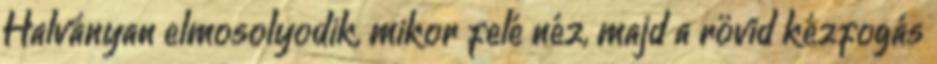
Halványan elmosolyodik, mikor felé néz, majd a rövid kézfogás